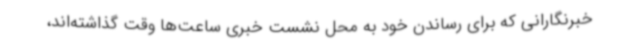
خبرنگارانی که برای رساندن خود به محل نشست خبری ساعت‌ها وقت گذاشته‌اند،